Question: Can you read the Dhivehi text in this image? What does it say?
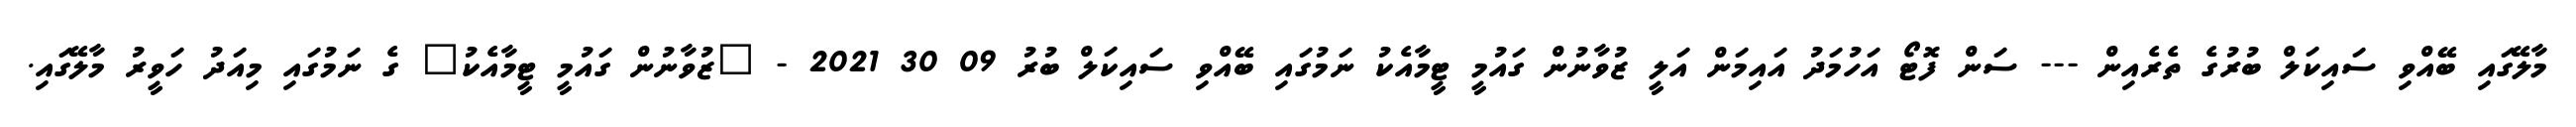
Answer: މާލޭގައި ބޭއްވި ސައިކަލް ބުރުގެ ތެރެއިން --- ސަން ފޮޓޯ އަހުމަދު އައިމަން އަލީ ޒުވާނުން ގައުމީ ޓީމާއެކު ނަމުގައި ބޭއްވި ސައިކަލް ބުރު 09 30 2021 - "ޒުވާނުން ގައުމީ ޓީމާއެކު" ގެ ނަމުގައި މިއަދު ހަވީރު މާލޭގައި.